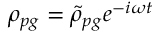
\rho _ { p g } = \widetilde { \rho } _ { p g } e ^ { - i \omega t }